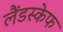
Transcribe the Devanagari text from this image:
लैंडस्केफ